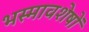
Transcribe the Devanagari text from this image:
भस्मावशेषों